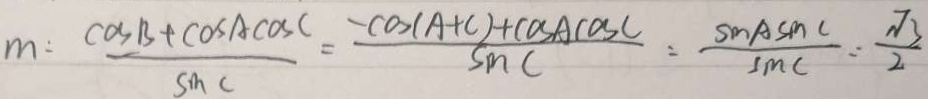
m : \frac { \cos B + \cos A \cos C } { \sin C } = \frac { - \cos ( A + c ) + \cos A \cos C } { \sin C } = \frac { \sin A \sin C } { \sin C } = \frac { \sqrt { 3 } } { 2 }